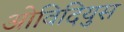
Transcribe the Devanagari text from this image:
ओविदियुस